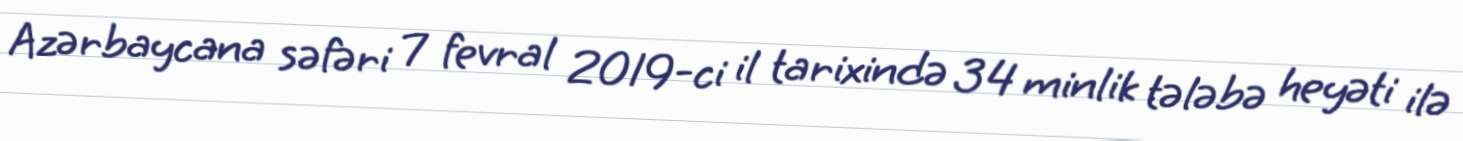
Azərbaycana səfəri 7 fevral 2019-ci il tarixində 34 minlik tələbə heyəti ilə